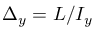
\Delta _ { y } = { L } / I _ { y }